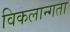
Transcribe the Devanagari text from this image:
विकलान्गता